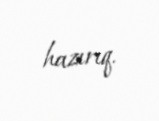
hazırıq.